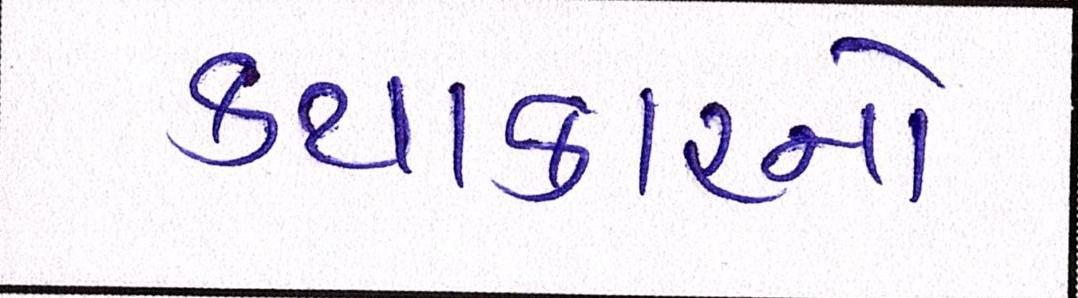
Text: કથાકારનો